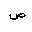
Letter: _sad